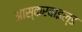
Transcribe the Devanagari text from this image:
आस्करवाइल्ड